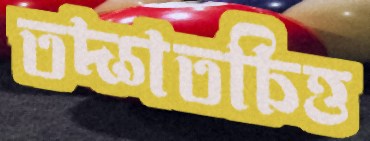
তদ্গতচিত্ত